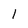
Character: 1